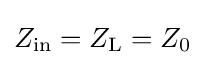
Z_{\mathrm {in} }=Z_{\mathrm {L} }=Z_{0}